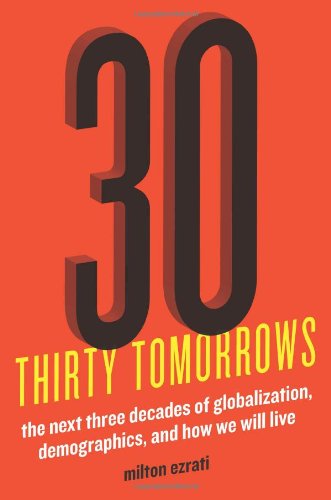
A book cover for Thirty Tomorrows: The Next Three Decades of Globalization, Demographics, and How We Will Live; Milton Ezrati; Business & Money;